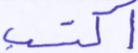
اكتسب